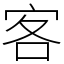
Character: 客